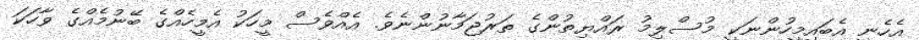
އެހެނީ އެބައިމީހުންނަކީ މުސްލިމު ރައްޔިތުންގެ ތަރުޖަމާނުންނެވެ. އެއްވެސް މީހަކު އެމީހެއްގެ ބޭނުމެއްގެ ވާހަކަ